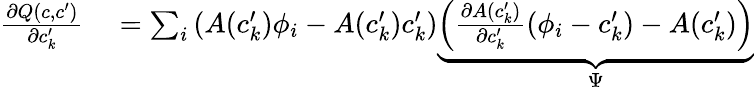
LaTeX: \begin{array}{rl}{\frac{\partial Q(c,c^{\prime})}{\partial c_{k}^{\prime}}}&{{}=\sum_{i}\left(A(c_{k}^{\prime})\phi_{i}-A(c_{k}^{\prime})c_{k}^{\prime}\right)\underbrace{\left(\frac{\partial A(c_{k}^{\prime})}{\partial c_{k}^{\prime}}\left(\phi_{i}-c_{k}^{\prime}\right)-A(c_{k}^{\prime})\right)}_{\Psi}}\end{array}